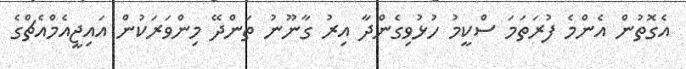
އެގޮތުން އެންމެ ފުރަތަމަ ސްކީމު ހުޅުވިގެންދާ އިރު ގާނޫނު ތަންދޭ މިންވަރަކުން އައިޖީއެމްއެޗްގެ